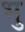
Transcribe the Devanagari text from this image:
भु